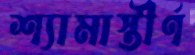
শ্যামাস্তীর্ণ